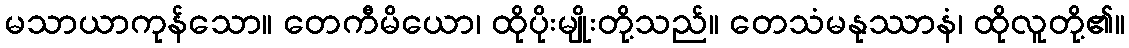
မသာယာကုန်သော။ တေကီမိယော၊ ထိုပိုးမျိုးတို့သည်။ တေသံမနုဿာနံ၊ ထိုလူတို့၏။